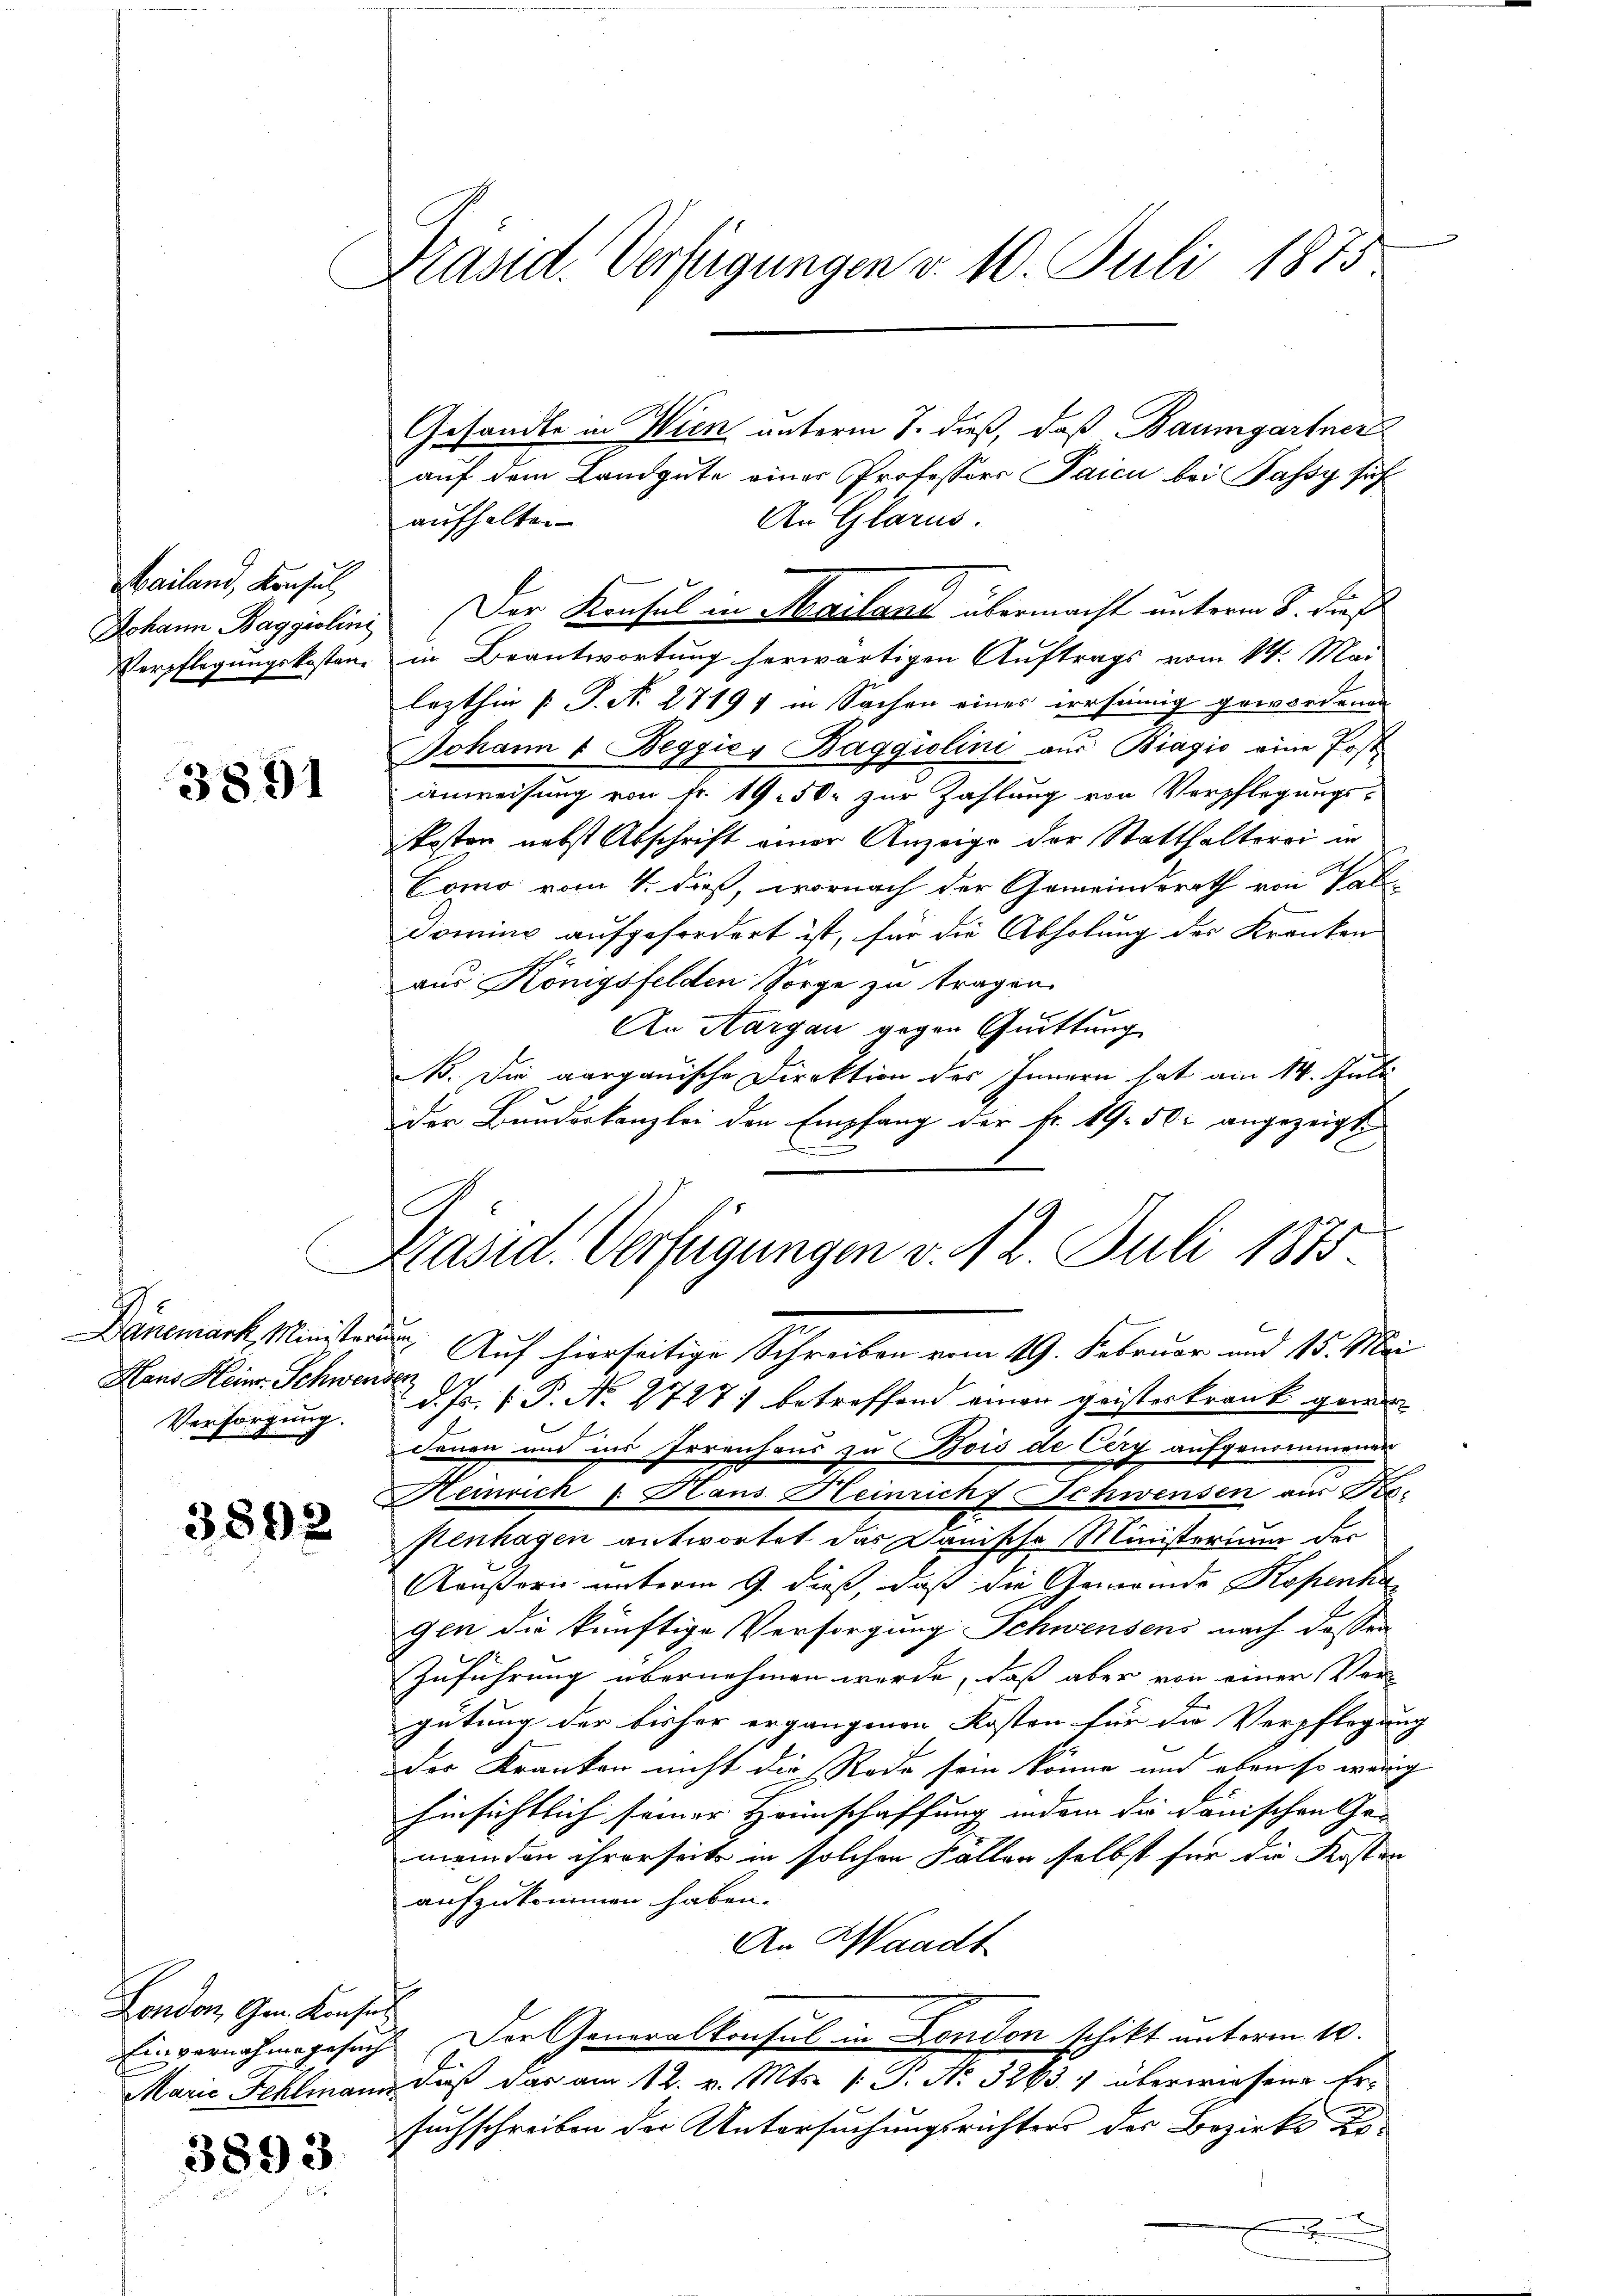
Mailand, Konsul

3891

Hans Heinr. Schwenden
Versorgung.

3592

Fondon, Gen. Konses

3893

Präsid. Verfügungen d. 10. Juli 1875

Gesandte in Wien unterm 8. dieß, daß Baumgartner
auf dem Landgute einer Professors Paicu bei Passy sich
An Glarus.
aufhalten
Johann Baggiolini Der Konsul in Mailand übermacht unterm 8. Der
Verpflegungskosten, in Beantwortung herwärtigen Auftrags vom 14. Mai
lezthin [P. N. 27197 in Sachen eines irrsinnig gewordenen
Johann 1 Beggicy Baggiolini aus Biagio eine Post
anweisung von Fr. 1950. zur Zahlung von Verpflegungs-
kosten nebst Abschrift einer Anzeige der Statthalterei in
Como vom 4. dieß, wornach der Gemeindsrath von Pal
doming aufgefordert ist, für die Abholung des Kranken
aus Königsfelden Sorge zu tragen.
An Margau gegen Quittung
B. Die aargauische Direktion des Innern hat am 14. Juli
Der Bundeskanzlei den Empfang der Fr. 19. 50. angezeigt
Dänemark, Minister Auf hierseitige Schreiben vom 19. Februar und 15. Ma
d. Js. P. No 2727 betreffend einen geisterkrank gewe
denen und ins Irrenhaus zu Bois de Cery aufgenommener
Heinrich 1. Hans Heinrich Schwensen aus Be-
senhagen antwortet das Dänische Ministerium der
Aeußern unterm 9. dieß, daß die Gemeinde Kopentin
gen die künftige Versorgung Schwensens nach dassen
Zuführung übernehmen werde, daß aber von einer Ver-
gütung der bisher ergangenen Kosten für die Verpflogun-
Der Kranken nicht die Rede sein könne und eben so wär
hinsichtlich seiner Heimschaffung indem die donischen Ge- |
meinden ihrerseits in solchen Fällen selbst für die Kosten
aufzukommen haben.
An Waadt
Einvernahmegesuch. Der Generalkonsul in London schikt unterm 10.
Marie Fehlmann, daß das am 12. v. Mts. (T. No. 3263. 1 überwiesene Ersuchschreiben der Untersuchungsrichters des Bezirks Ko¬

Präsid. Verfügungen v. 12. Juli 1875